Vaccination in Burma 1920-1933 - 1920-1933
Year: 1920
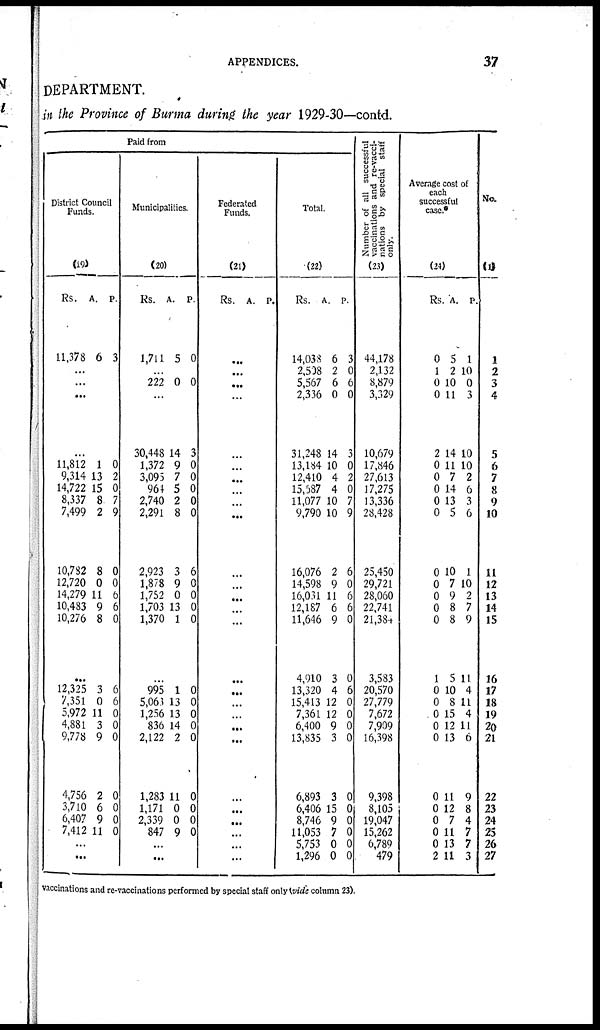
APPENDICES.
37
DEPARTMENT.
in the Province of Burma during the year 1929-30—contd.
Paid from
District Council
Funds.
(19)
Rs.
11,378
A.
6
P.
3
...
...
...
...
11,812
9,314
14,722
8,337
7,499
10,782
12,720
14,279
10,483
10,276
1
13
15
8
2
8
0
11
9
8
0
2
0
7
9
0
0
6
6
0
...
12,325
7,351
5,972
4,881
9,778
4,756
3,710
6,407
7,412
3
0
11
3
9
2
6
9
11
6
6
0
0
0
0
0
0
0
...
...
Municipalities.
(20)
Rs.
1,711
A.
5
P.
0
...
222 0 0
...
30,448
1,372
3,095
964
2,740
2,291
2,923
1,878
1,752
1,703
1,370
14
9
7
5
2
8
3
9
0
13
1
3
0
0
0
0
0
6
0
0
0
0
...
995
5,061
1,256
836
2,122
1,283
1,171
2,339
847
1
13
13
14
2
11
0
0
9
0
0
0
0
0
0
0
0
0
...
...
Federated
Funds.
(21)
Rs. A. P.
...
...
...
...
...
...
...
...
...
...
...
...
...
...
...
...
...
...
...
...
...
...
...
...
...
...
...
Total.
(22)
Rs.
14,038
2,508
5,567
2,336
31,248
13,184
12,410
15,587
11,077
9,790
16,076
14,598
16,031
12,187
11,646
4,910
13,320
15,413
7,361
6,400
13,835
6,893
6,406
8,746
11,053
5,753
1,296
A.
6
2
6
0
14
10
4
4
10
10
2
9
11
6
9
3
4
12
12
9
3
3
15
9
7
0
0
P.
3
0
6
0
3
0
2
0
7
9
6
0
6
6
0
0
6
0
0
0
0
0
0
0
0
0
0
Number of all successful
vaccinations and re-vacci-
nations by special staff
only.
(23)
44,178
2,132
8,879
3,329
10,679
17,846
27,613
17,275
13,336
28,428
25,450
29,721
28,060
22,741
21,384
3,583
20,570
27,779
7,672
7,909
16,398
9,398
8,105
19,047
15,262
6,789
479
Average cost of
each
successful
case.*
(24)
Rs
0
1
0
0
2
0
0
0
0
0
0
0
0
0
0
1
0
0
0
0
0
0
0
0
0
0
2
A.
5
2
10
11
14
11
7
14
13
5
10
7
9
8
8
5
10
8
15
12
13
11
12
7
11
13
11
P.
1
10
0
3
10
10
2
6
3
6
1
10
2
7
9
11
4
11
4
11
6
9
8
4
7
7
3
No.
(1)
1
2
3
4
5
6
7
8
9
10
11
12
13
14
15
16
17
18
19
20
21
22
23
24
25
26
27
vaccinations and re-vaccinations performed by special staff only (vide column 23).